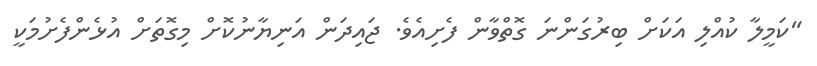
"ކަމީލާ ކުއްލި އަކަށް ބިރުގަންނަ ގޮތްވާން ފެށިއެވެ. ޖައިދަން އަނިޔާނުކޮށް މިގޮތަށް އުޅެންފެށުމަކީ